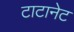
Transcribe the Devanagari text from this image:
टाटानेट